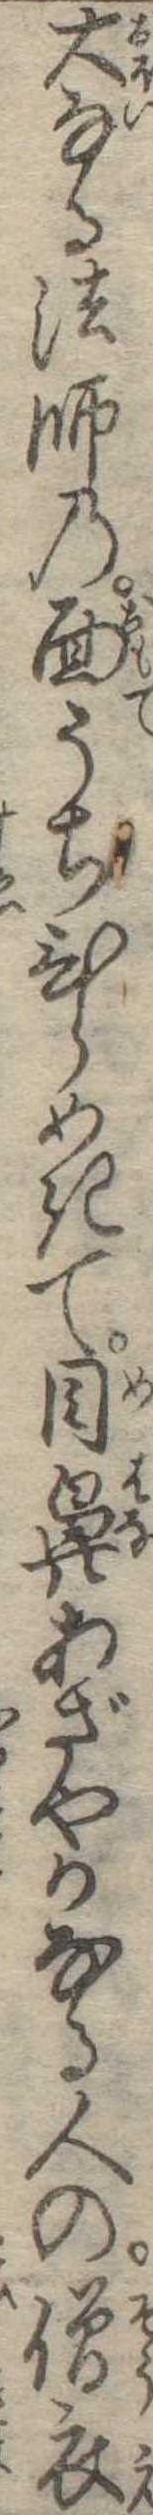
大なる法師の面うちひらめきて目鼻あざやかなる人の僧衣